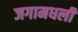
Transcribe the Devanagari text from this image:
जगामधली